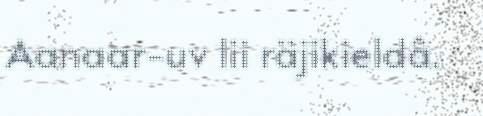
Aanaar-uv lii räjikieldâ.